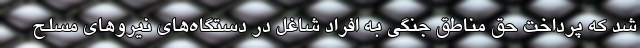
شد که پرداخت حق مناطق جنگی به افراد شاغل در دستگاه‌های نیروهای مسلح